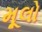
મૂલો